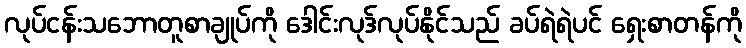
လုပ်ငန်းသဘောတူစာချုပ်ကို ဒေါင်းလုဒ်လုပ်နိုင်သည် ခပ်ရဲရဲပင် ရှေးစာတန်ကို